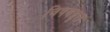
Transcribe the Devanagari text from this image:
विषवद्वृत्त